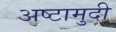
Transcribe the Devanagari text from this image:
अष्टामुदी